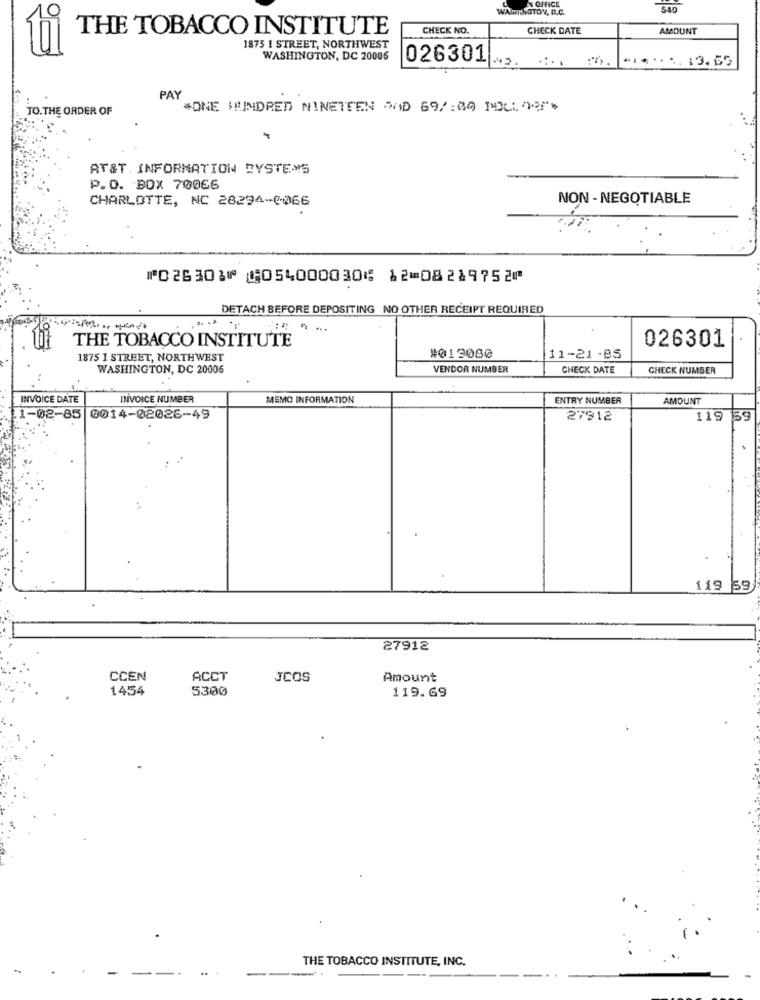
WASHINGTON, D.C.
540
THE TOBACCO INSTITUTE
CHECK NO.
CHECK DATE
AMOUNT
1875 I STREET, NORTHWEST
WASHINGTON, DC 20006
026301
....... 13.65
PAY
TO.THE ORDER OF
*ONE HUNDRED NINETEEN SAND 697:09 POLLOF*
AT&T. INFORMATION SYSTEMS
P.O. BOX 70066
CHARLOTTE, NC 28294-0066
NON - NEGOTIABLE
⑈026303⑈ ⑆054000030⑆ 12⑉08219752⑈
DETACH BEFORE DEPOSITING NO OTHER RECEIPT REQUIRED
THE TOBACCO INSTITUTE
026301
1875 I STREET, NORTHWEST
#013080
11-21 -85
WASHINGTON, DC 20006
VENDOR NUMBER
CHECK DATE
CHECK NUMBER
INVOICE DATE
INVOICE NUMBER
MEMO INFORMATION
ENTRY NUMBER
AMOUNT
1-02-85 0014-02026-49
27912
119
59
119 59
27912
CCEN
ACCT
JCOS
Amount
1454
5300
119.69
THE TOBACCO INSTITUTE, INC.